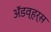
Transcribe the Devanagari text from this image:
अॅडव्हर्स